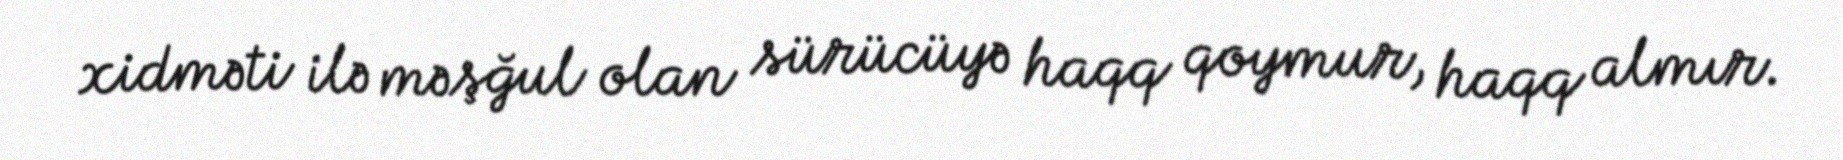
xidməti ilə məşğul olan sürücüyə haqq qoymur, haqq almır.